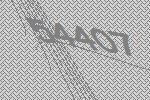
54407